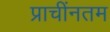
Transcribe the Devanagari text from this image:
प्राचींनतम